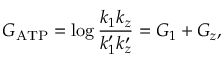
G _ { \mathrm { A T P } } = \log \frac { k _ { 1 } k _ { z } } { k _ { 1 } ^ { \prime } k _ { z } ^ { \prime } } = G _ { 1 } + G _ { z } ,